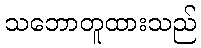
သဘောတူထားသည်